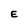
Character: E